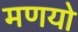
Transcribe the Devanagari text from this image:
मणयो